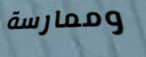
وممارسة